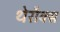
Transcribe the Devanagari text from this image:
थेरौक्स